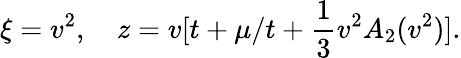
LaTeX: \xi=v^{2},\quad z=v[t+\mu/t+\frac{1}{3}v^{2}A_{2}(v^{2})].